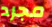
مجرد